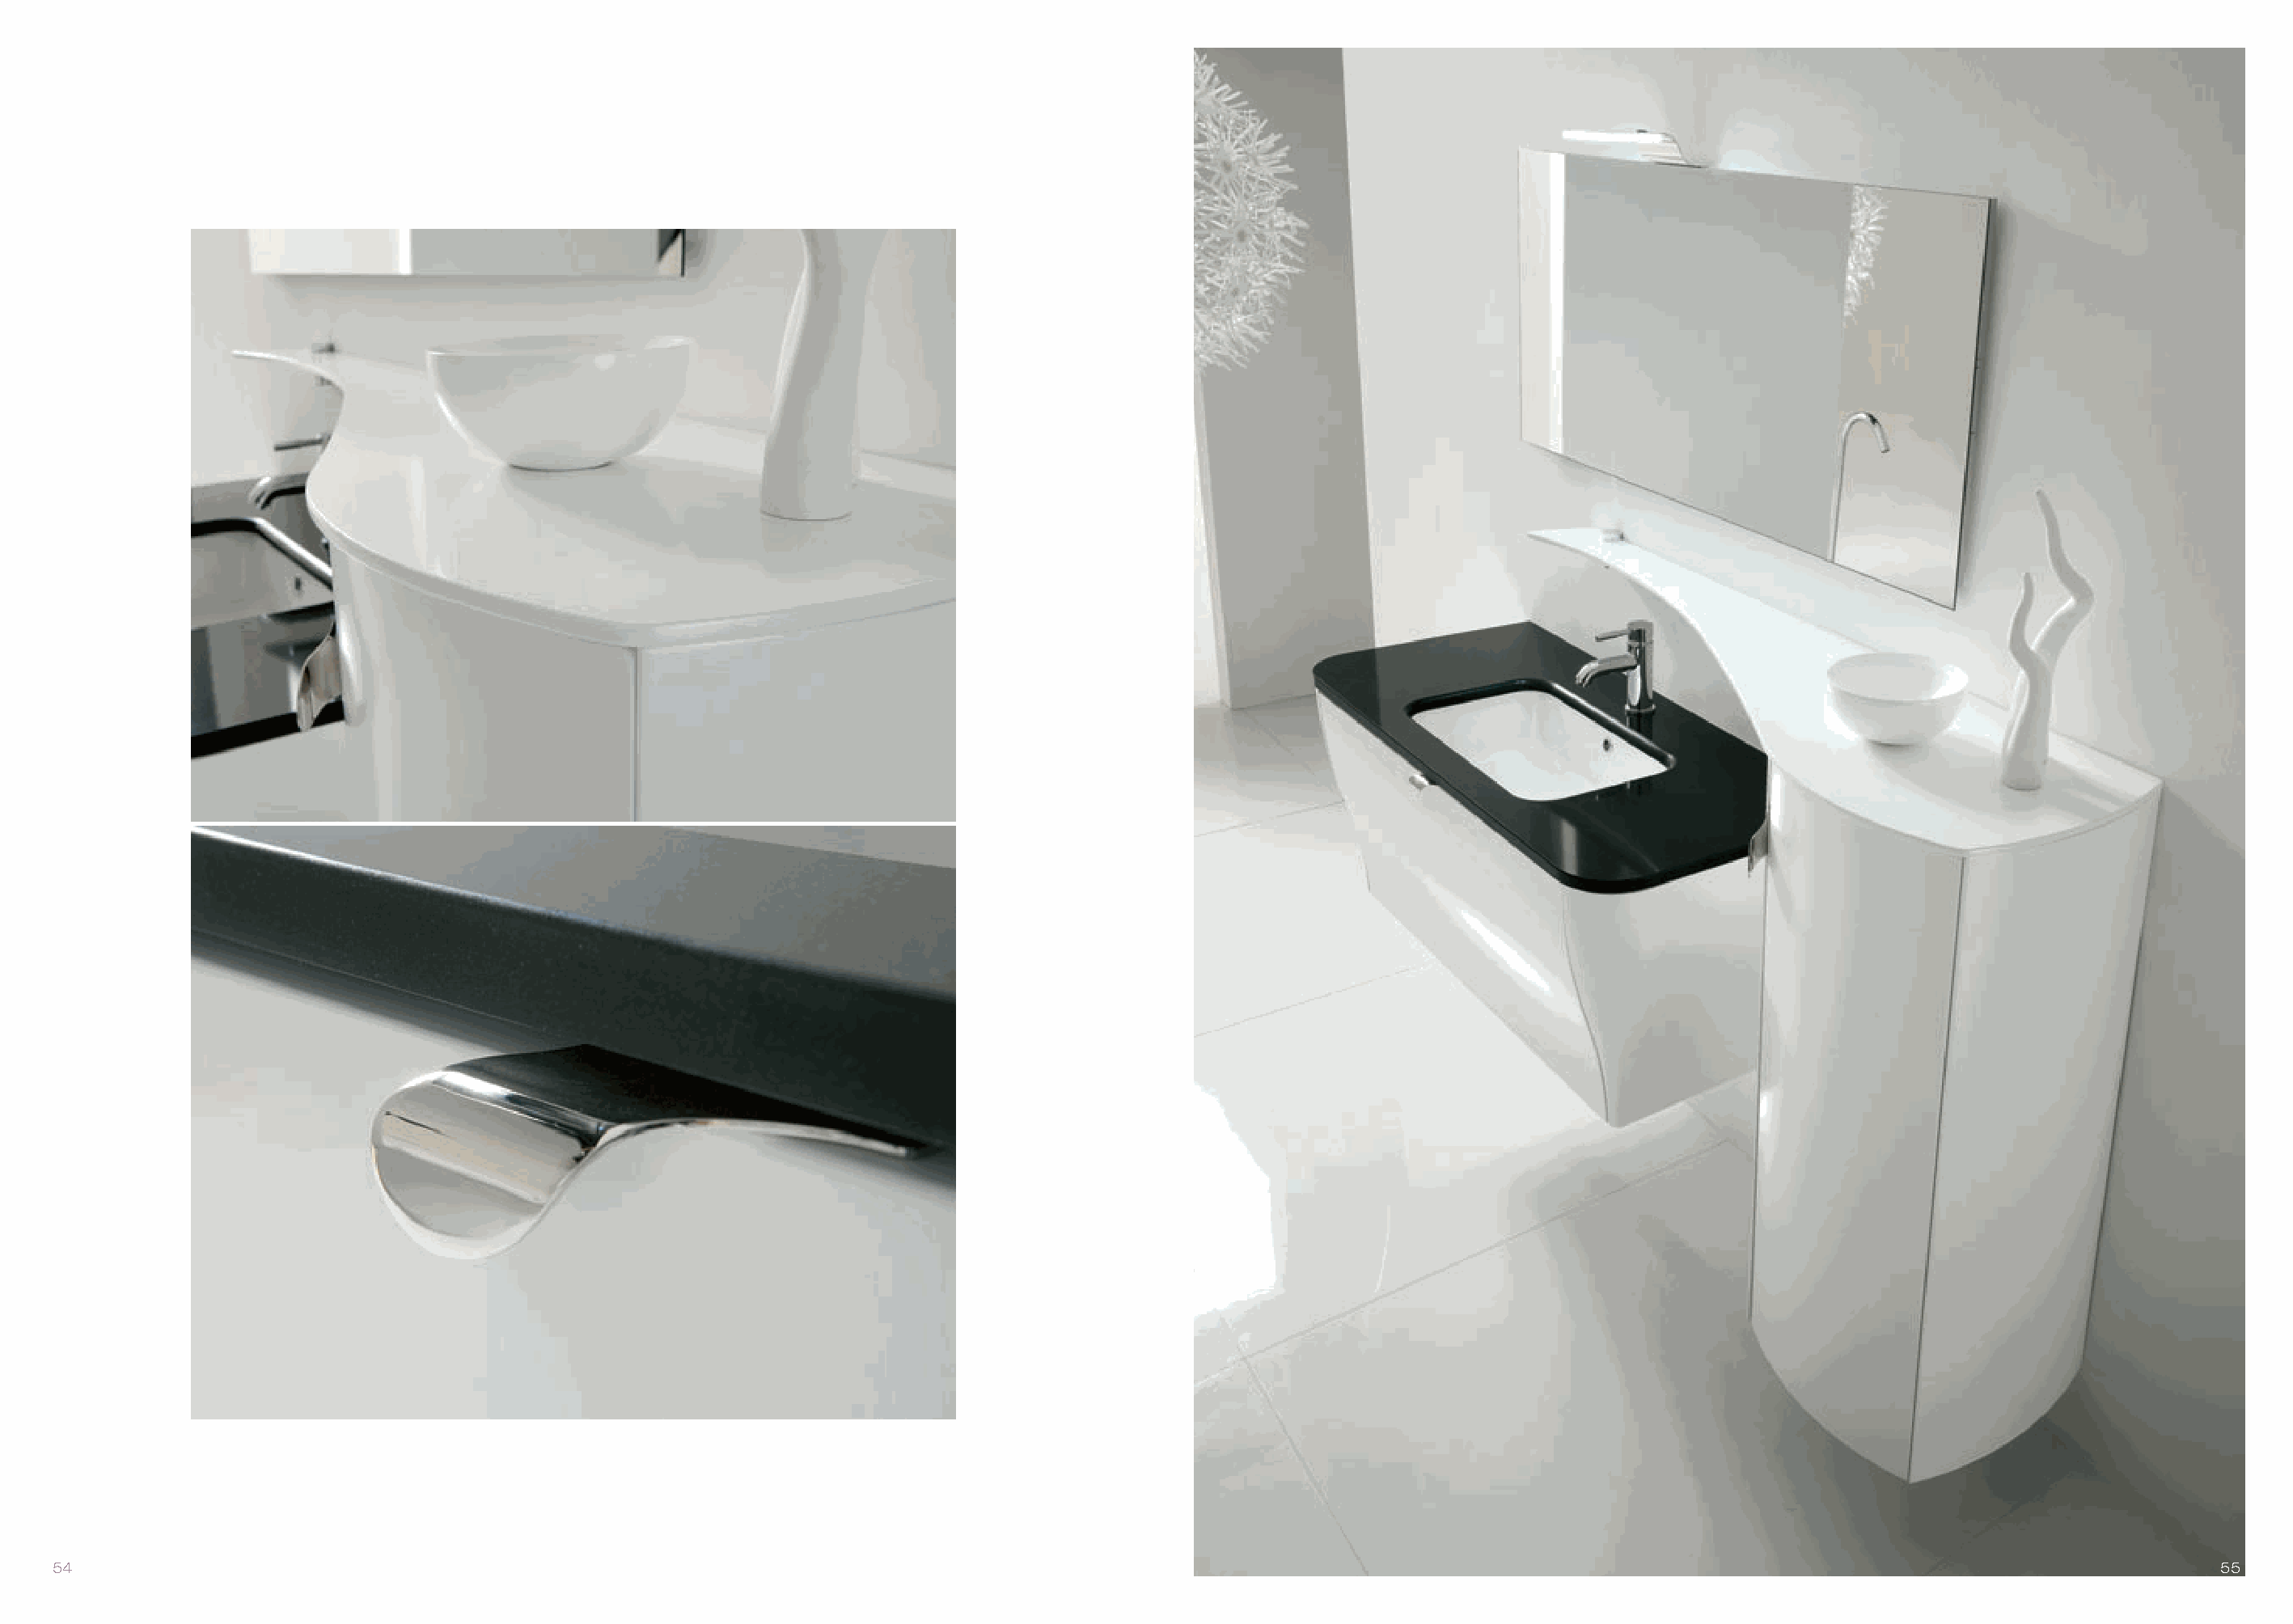
54                                                                                                                                                                                55